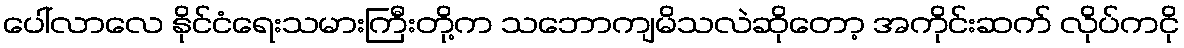
ပေါ်လာလေ နိုင်ငံရေးသမားကြီးတို့က သဘောကျမိသလဲဆိုတော့ အကိုင်းဆက် လိုပ်ကငို